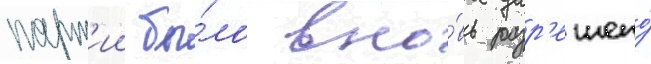
парт'ии бы́ло вно́вь разр'ешено́